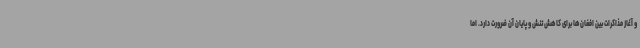
و آغاز مذاکرات بین افغان‌ها برای کاهش تنش و پایان آن ضرورت دارد. اما